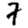
Digit: 7